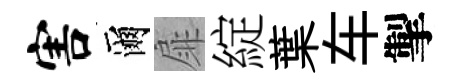
害爾扉綻葉车掣